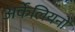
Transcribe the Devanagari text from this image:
अर्केलियनो